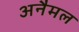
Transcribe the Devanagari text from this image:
अनैमल